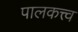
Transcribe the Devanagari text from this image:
पालकत्त्व